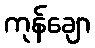
ကုန်ချော